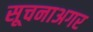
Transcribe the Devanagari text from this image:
सूचनाअगर